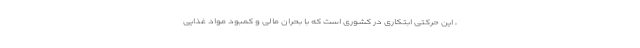
، این حرکتی ابتکاری در کشوری است که با بحران مالی و کمبود مواد غذایی